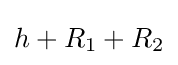
h+R_{1}+R_{2}